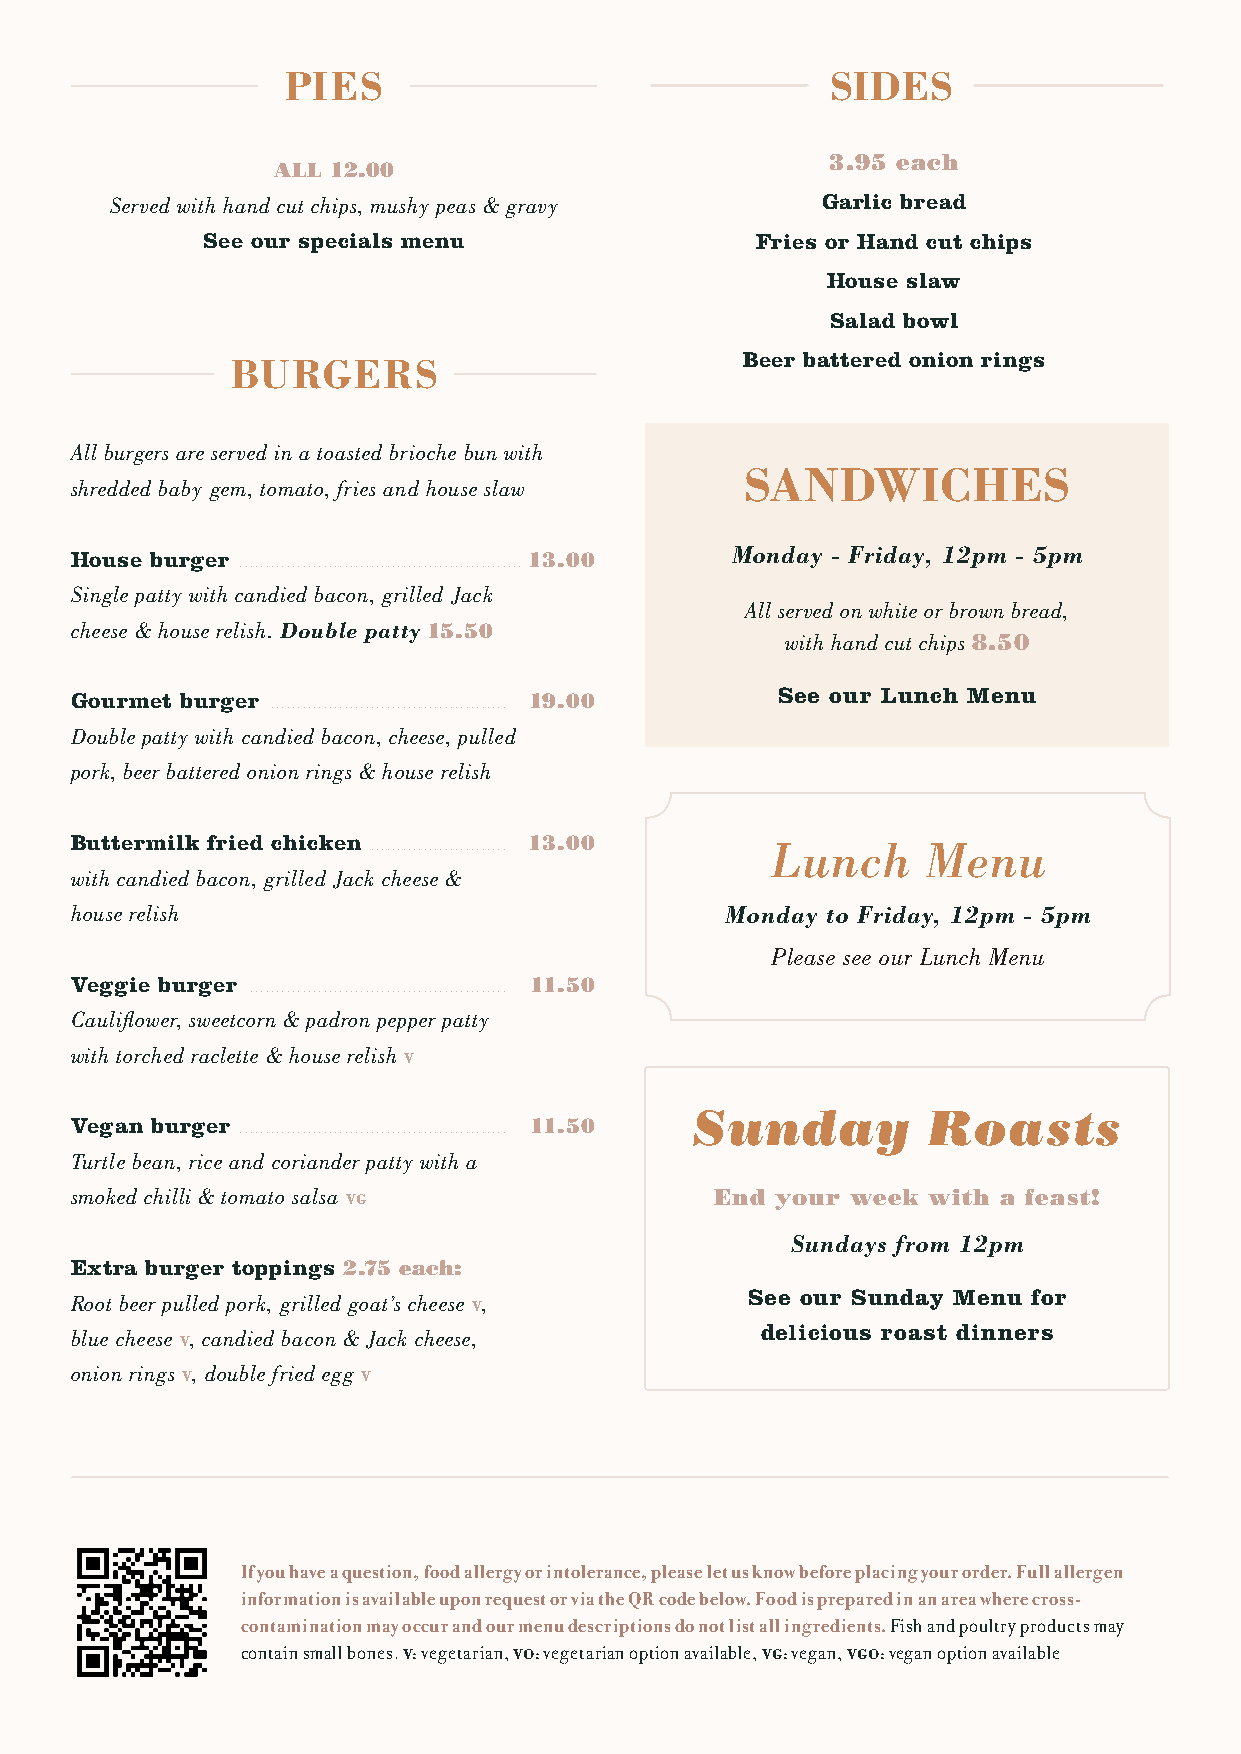
PIES                                SIDES
 3.95 each
 ALL 12.00
 Served with hand cut chips, mushy peas & gravy Garlic bread
 See our specials menu                Fries or Hand cut chips
 House slaw
 Salad bowl
 BURGERS                           Beer battered onion rings
 All burgers are served in a toasted brioche bun with
 SANDWICHES
 shredded baby gem, tomato, fries and house slaw
 Monday - Friday, 12pm - 5pm
 House burger                  13.00
 ......................................................
 Single patty with candied bacon, grilled Jack
 All served on white or brown bread,
 cheese & house relish. Double patty 15.50
 with hand cut chips 8.50
 Gourmet burger                19.00           See our Lunch Menu
 .............................................
 Double patty with candied bacon, cheese, pulled
 pork, beer battered onion rings & house relish
 Buttermilk fried chicken . ......................... 13.00 Lunch Menu
 with candied bacon, grilled Jack cheese &
 house relish                               Monday to Friday, 12pm - 5pm
 Please see our Lunch Menu
 Veggie burger                 11.50
 .................................................
 Cauliflower, sweetcorn & padron pepper patty
 with torched raclette & house relish V
 Sunday         Roasts
 Vegan burger                  11.50
 . ..................................................
 Turtle bean, rice and coriander patty with a
 smoked chilli & tomato salsa VG           End your week with a feast!
 Sundays from 12pm
 Extra burger toppings 2.75 each:
 Root beer pulled pork, grilled goat’s cheese V, See our Sunday Menu for
 blue cheese V, candied bacon & Jack cheese,  delicious roast dinners
 onion rings V, double fried egg V
 If you have a question, food allergy or intolerance, please let us know before placing your order. Full allergen
 information is available upon request or via the QR code below. Food is prepared in an area where cross-
 contamination may occur and our menu descriptions do not list all ingredients. Fish and poultry products may
 contain small bones. V: vegetarian, VO: vegetarian option available, VG: vegan, VGO: vegan option available